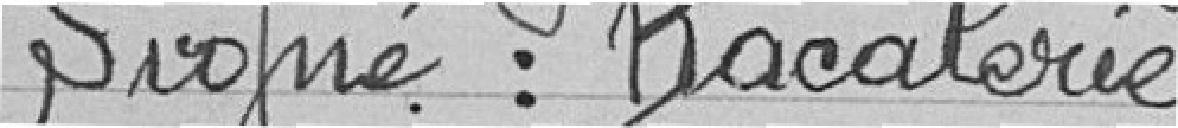
Signé : Bacalerie